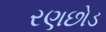
રણછોડ